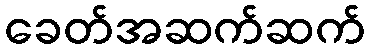
ခေတ်အဆက်ဆက်